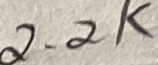
Text: 2.2K